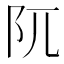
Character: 阢